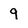
Character: q